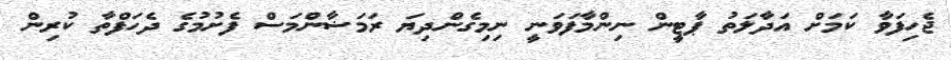
ޖެހިފަވާ ކަމަށް އަދާލަތު ޕާޓީން ނިންމާފަވަނީ ނިމިގެންދިޔަ ރަމަޟާންމަސް ފެށުމުގެ ދެހަފްތާ ކުރިން